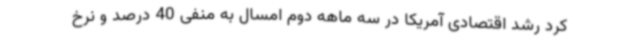
کرد رشد اقتصادی آمریکا در سه ماهه دوم امسال به منفی 40 درصد و نرخ